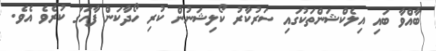
ބާއްވާ ބައި އިލެކްޝަންތަކުގައި ސަރުކާރު ކޯލިޝަނުން ކުރި ހޯދާކަން ފާހަގަ ކުރެވެ އެވެ.